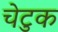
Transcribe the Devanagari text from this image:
चेटुक